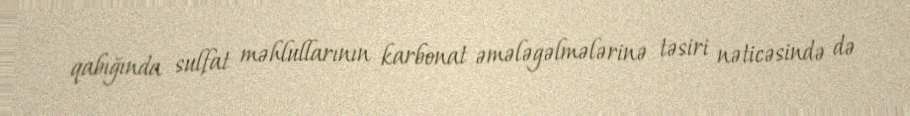
qabığında sulfat məhlullarının karbonat əmələgəlmələrinə təsiri nəticəsində də